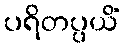
ပရိတပ္ပယိံ